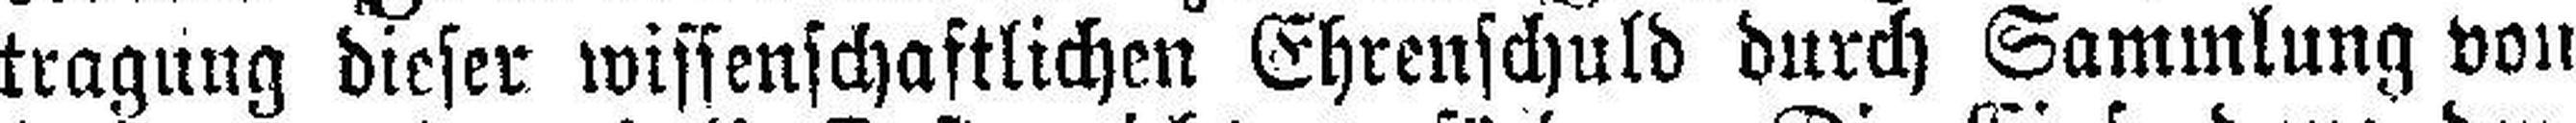
tragung dieser wissenschaftlichen Ehrenschuld durch Sammlung von